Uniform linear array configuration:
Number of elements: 16
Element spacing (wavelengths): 0.75
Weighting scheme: cosine
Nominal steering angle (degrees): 30
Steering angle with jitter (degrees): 29.296
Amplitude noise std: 0.05
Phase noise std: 0.05

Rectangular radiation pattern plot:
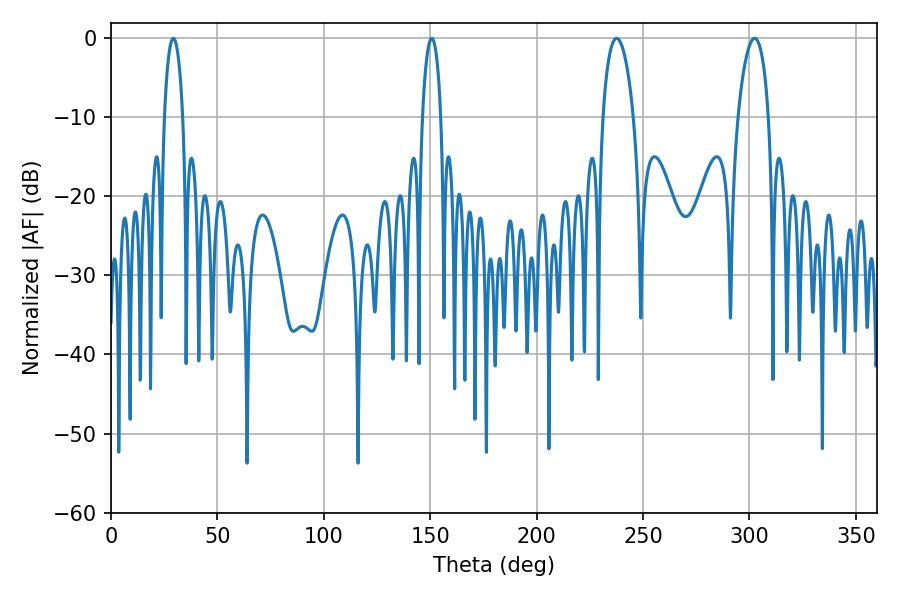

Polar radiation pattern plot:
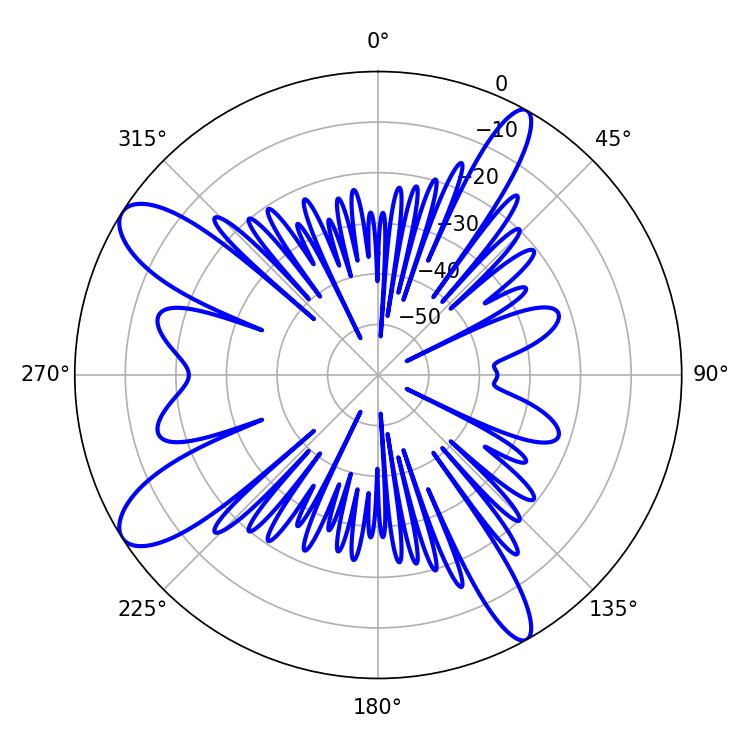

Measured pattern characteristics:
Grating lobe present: TRUE
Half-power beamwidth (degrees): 8.1
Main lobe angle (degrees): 237.6